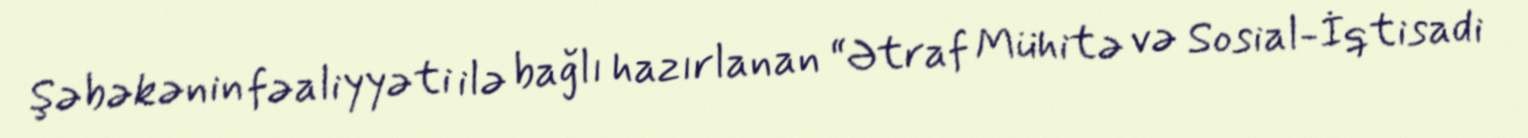
Şəbəkənin fəaliyyəti ilə bağlı hazırlanan “Ətraf Mühitə və Sosial-İqtisadi